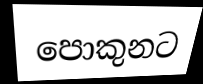
පොකුනට